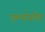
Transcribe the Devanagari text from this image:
एम्लॉयमेंट